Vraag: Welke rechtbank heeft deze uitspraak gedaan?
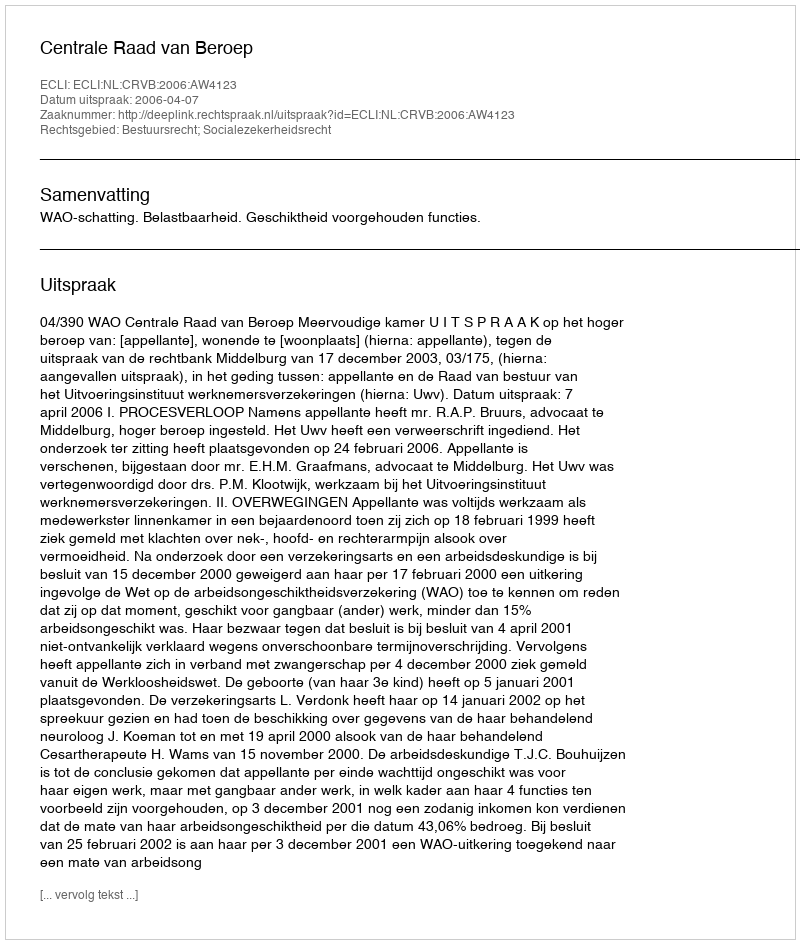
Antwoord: Centrale Raad van Beroep